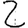
Digit: 2